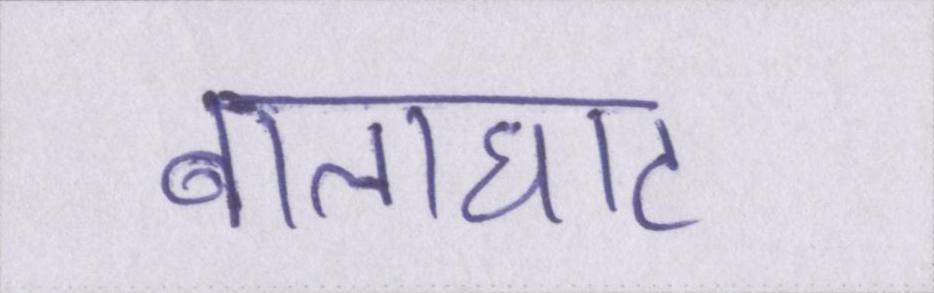
बालाघाट